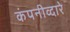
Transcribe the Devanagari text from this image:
कंपनीव्दारे